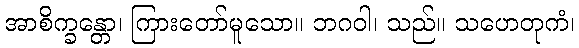
အာစိက္ခန္တော၊ ကြားတော်မူသော။ ဘဂဝါ၊ သည်။ သဟေတုကံ၊